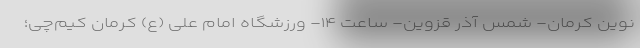
نوین کرمان- شمس آذر قزوین- ساعت ۱۴- ورزشگاه امام علی (ع) کرمان کیم‌چی؛